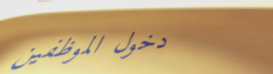
دخول الموظفين